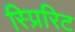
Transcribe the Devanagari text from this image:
स्प्रिरिट